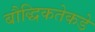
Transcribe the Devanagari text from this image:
बौद्धिकतेकडे